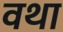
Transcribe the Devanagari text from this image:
वथा